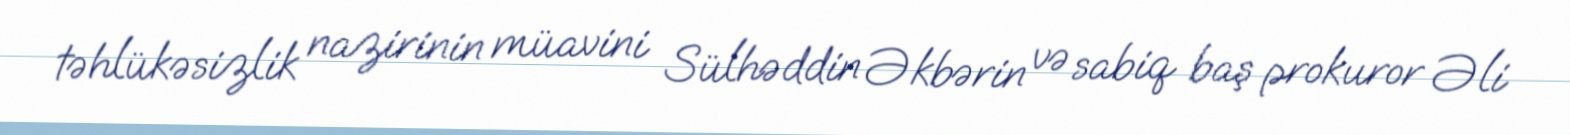
təhlükəsizlik nazirinin müavini Sülhəddin Əkbərin və sabiq baş prokuror Əli